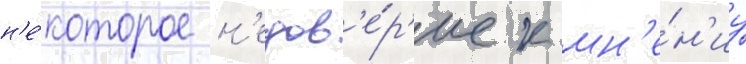
н'е́которое н'едов'е́р'ие к мн'е́н'иу